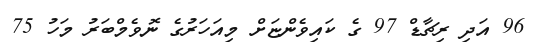
96 އަދި ރިޗާޑް 97 ގެ ކައިވެންޏަށް މިއަހަރުގެ ނޮވެމްބަރު މަހު 75